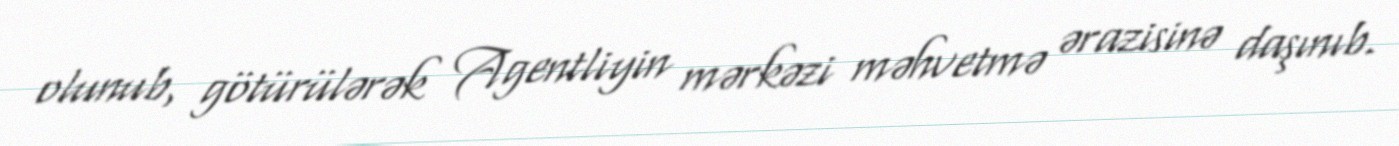
olunub, götürülərək Agentliyin mərkəzi məhvetmə ərazisinə daşınıb.